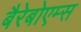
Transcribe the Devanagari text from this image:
बैरेबोएम्स